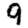
Digit: 9